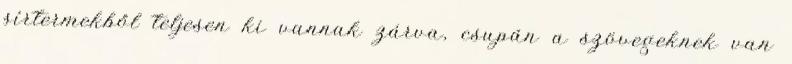
sírtermekből teljesen ki vannak zárva, csupán a szövegeknek van